Report of the Imperial Institute of Veterinary Research, Muktesar
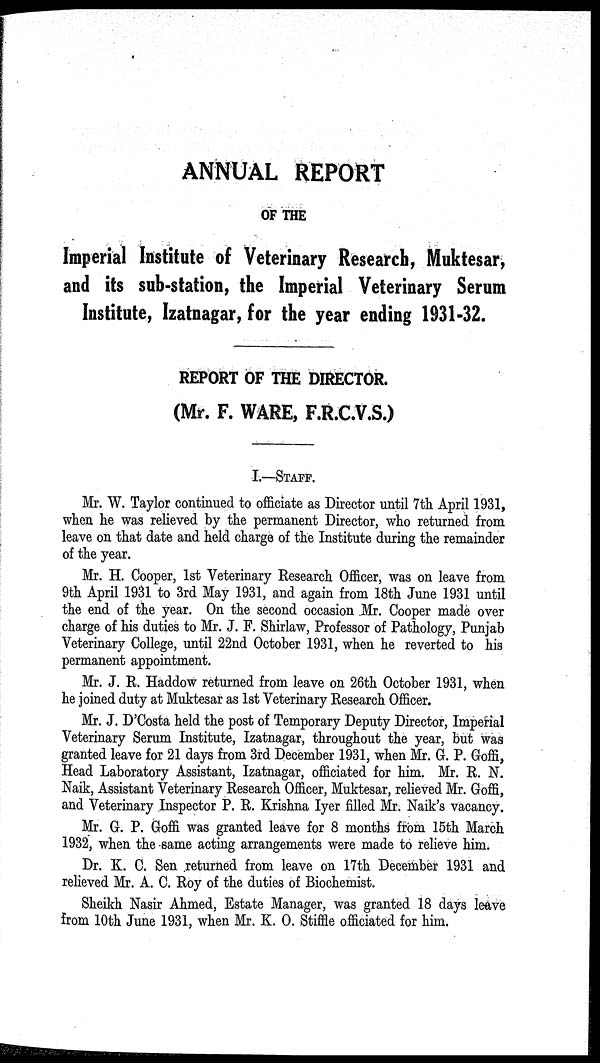
ANNUAL REPORT
OF THE
Imperial Institute of Veterinary Research, Muktesar,
and its sub-station, the Imperial Veterinary Serum
Institute, Izatnagar, for the year ending 1931-32.
REPORT OF THE DIRECTOR.
(Mr. F. WARE, F.R.C.V.S.)
I.—STAFF.
Mr. W. Taylor continued to officiate as Director until 7th April 1931,
when he was relieved by the permanent Director, who returned from
leave on that date and held charge of the Institute during the remainder
of the year.
Mr. H. Cooper, 1st Veterinary Research Officer, was on leave from
9th April 1931 to 3rd May 1931, and again from 18th June 1931 until
the end of the year. On the second occasion Mr. Cooper made over
charge of his duties to Mr. J. F. Shirlaw, Professor of Pathology, Punjab
Veterinary College, until 22nd October 1931, when he reverted to his
permanent appointment.
Mr. J. R. Haddow returned from leave on 26th October 1931, when
he joined duty at Muktesar as 1st Veterinary Research Officer.
Mr. J. D'Costa held the post of Temporary Deputy Director, Imperial
Veterinary Serum Institute, Izatnagar, throughout the year, but was
granted leave for 21 days from 3rd December 1931, when Mr. G. P. Goffi,
Head Laboratory Assistant, Izatnagar, officiated for him. Mr. R. N.
Naik, Assistant Veterinary Research Officer, Muktesar, relieved Mr. Goffi,
and Veterinary Inspector P. R. Krishna Iyer filled Mr. Naik's vacancy.
Mr. G. P. Goffi was granted leave for 8 months from 15th March
1932, when the same acting arrangements were made to relieve him.
Dr. K. C. Sen returned from leave on 17th December 1931 and
relieved Mr. A. C. Roy of the duties of Biochemist.
Sheikh Nasir Ahmed, Estate Manager, was granted 18 days leave
from 10th June 1931, when Mr. K. O. Stiffle officiated for him.